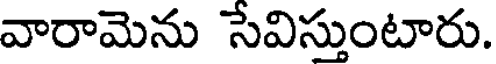
వారామెను సేవిస్తుంటారు.